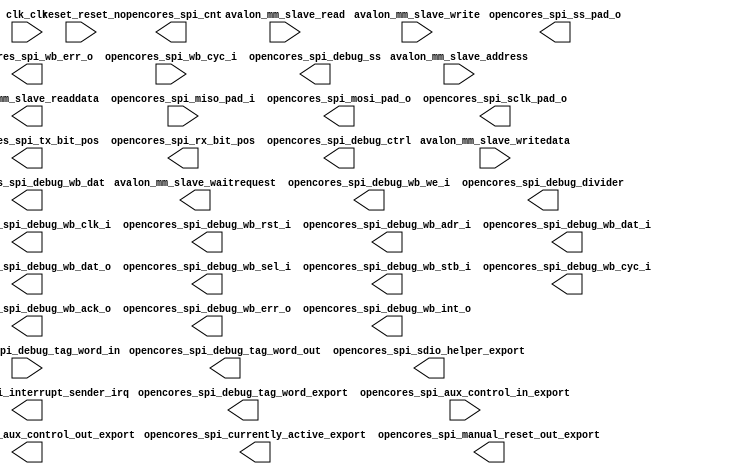

module opencores_spi_standalone (
	avalon_mm_slave_address,
	avalon_mm_slave_read,
	avalon_mm_slave_readdata,
	avalon_mm_slave_write,
	avalon_mm_slave_writedata,
	avalon_mm_slave_waitrequest,
	clk_clk,
	opencores_spi_miso_pad_i,
	opencores_spi_mosi_pad_o,
	opencores_spi_sclk_pad_o,
	opencores_spi_ss_pad_o,
	opencores_spi_tx_bit_pos,
	opencores_spi_rx_bit_pos,
	opencores_spi_cnt,
	opencores_spi_wb_err_o,
	opencores_spi_wb_cyc_i,
	opencores_spi_currently_active_export,
	opencores_spi_debug_wb_clk_i,
	opencores_spi_debug_wb_rst_i,
	opencores_spi_debug_wb_adr_i,
	opencores_spi_debug_wb_dat_i,
	opencores_spi_debug_wb_dat_o,
	opencores_spi_debug_wb_sel_i,
	opencores_spi_debug_wb_we_i,
	opencores_spi_debug_wb_stb_i,
	opencores_spi_debug_wb_cyc_i,
	opencores_spi_debug_wb_ack_o,
	opencores_spi_debug_wb_err_o,
	opencores_spi_debug_wb_int_o,
	opencores_spi_debug_divider,
	opencores_spi_debug_ctrl,
	opencores_spi_debug_ss,
	opencores_spi_debug_wb_dat,
	opencores_spi_debug_tag_word_in,
	opencores_spi_debug_tag_word_out,
	opencores_spi_debug_tag_word_export,
	opencores_spi_interrupt_sender_irq,
	opencores_spi_manual_reset_out_export,
	opencores_spi_sdio_helper_export,
	reset_reset_n,
	opencores_spi_aux_control_out_export,
	opencores_spi_aux_control_in_export);	

	input	[31:0]	avalon_mm_slave_address;
	input		avalon_mm_slave_read;
	output	[31:0]	avalon_mm_slave_readdata;
	input		avalon_mm_slave_write;
	input	[31:0]	avalon_mm_slave_writedata;
	output		avalon_mm_slave_waitrequest;
	input		clk_clk;
	input		opencores_spi_miso_pad_i;
	output		opencores_spi_mosi_pad_o;
	output		opencores_spi_sclk_pad_o;
	output	[7:0]	opencores_spi_ss_pad_o;
	output	[7:0]	opencores_spi_tx_bit_pos;
	output	[7:0]	opencores_spi_rx_bit_pos;
	output	[7:0]	opencores_spi_cnt;
	output		opencores_spi_wb_err_o;
	input		opencores_spi_wb_cyc_i;
	output		opencores_spi_currently_active_export;
	output		opencores_spi_debug_wb_clk_i;
	output		opencores_spi_debug_wb_rst_i;
	output	[4:0]	opencores_spi_debug_wb_adr_i;
	output	[31:0]	opencores_spi_debug_wb_dat_i;
	output	[31:0]	opencores_spi_debug_wb_dat_o;
	output	[3:0]	opencores_spi_debug_wb_sel_i;
	output		opencores_spi_debug_wb_we_i;
	output		opencores_spi_debug_wb_stb_i;
	output		opencores_spi_debug_wb_cyc_i;
	output		opencores_spi_debug_wb_ack_o;
	output		opencores_spi_debug_wb_err_o;
	output		opencores_spi_debug_wb_int_o;
	output	[15:0]	opencores_spi_debug_divider;
	output	[13:0]	opencores_spi_debug_ctrl;
	output	[7:0]	opencores_spi_debug_ss;
	output	[31:0]	opencores_spi_debug_wb_dat;
	input	[7:0]	opencores_spi_debug_tag_word_in;
	output	[7:0]	opencores_spi_debug_tag_word_out;
	output	[7:0]	opencores_spi_debug_tag_word_export;
	output		opencores_spi_interrupt_sender_irq;
	output	[7:0]	opencores_spi_manual_reset_out_export;
	output	[7:0]	opencores_spi_sdio_helper_export;
	input		reset_reset_n;
	output	[31:0]	opencores_spi_aux_control_out_export;
	input	[31:0]	opencores_spi_aux_control_in_export;
endmodule